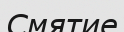
Смятие